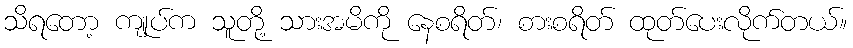
သိရတော့ ကျုပ်က သူတို့ သားအမိကို နေစရိတ်၊ စားစရိတ် ထုတ်ပေးလိုက်တယ်။